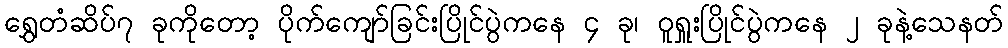
ရွှေတံဆိပ်၇ ခုကိုတော့ ပိုက်ကျော်ခြင်းပြိုင်ပွဲကနေ ၄ ခု၊ ဝူရှူးပြိုင်ပွဲကနေ ၂ ခုနဲ့သေနတ်